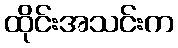
ထိုင်းအသင်းက